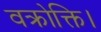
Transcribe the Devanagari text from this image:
वक्रोक्ति।